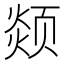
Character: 𩖖